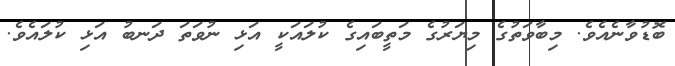
ބޮޑުވާނެއެވެ. މިބާވަތުގެ މިޔަރުގެ މަތީބައިގެ ކުލައަކީ އަޅި ނުވަތަ ދަނބު އަޅި ކުލައެވެ.